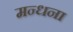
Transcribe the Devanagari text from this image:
मन्धना